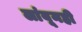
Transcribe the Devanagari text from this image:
लांबूनही